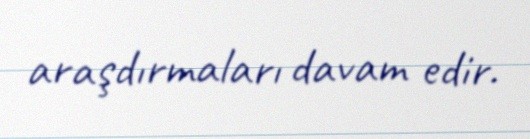
araşdırmaları davam edir.